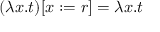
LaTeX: ( \lambda x . t ) [ x : = r ] = \lambda x . t